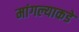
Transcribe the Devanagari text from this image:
मांगल्याकडे